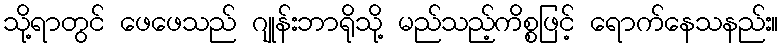
သို့ရာတွင် ဖေဖေသည် ဂျုန်းဘာရိုသို့ မည်သည့်ကိစ္စဖြင့် ရောက်နေသနည်း။